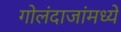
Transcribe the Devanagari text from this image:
गोलंदाजांमध्ये